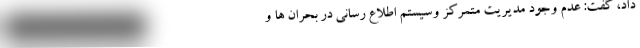
داد، گفت: عدم وجود مدیریت متمرکز وسیستم اطلاع رسانی در بحران ها و